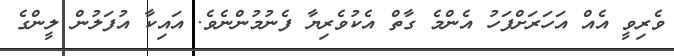
ވެރިވީ އެއް އަހަރަށްފަހު އެންމެ ގާތް އެކުވެރިޔާ ފެނުމުންނެވެ. އައިކާ އުފަލުން ލީންގެ